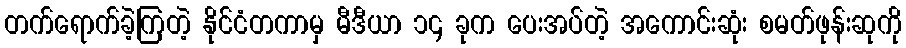
တက်ရောက်ခဲ့ကြတဲ့ နိုင်ငံတကာမှ မီဒီယာ ၁၄ ခုက ပေးအပ်တဲ့ အကောင်းဆုံး စမတ်ဖုန်းဆုကို